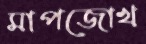
মাপজোখ